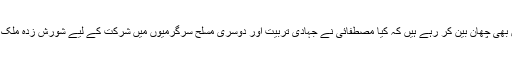
تفتیش کار اِس بارے میں بھی چھان بین کر رہے ہیں کہ کیا مصطفائی نے جہادی تربیت اور دوسری مسلح سرگرمیوں میں شرکت کے لیے شورش زدہ ملک شام کا کبھی رُخ کیا تھا۔